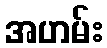
အဟမ်း